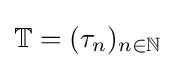
\mathbb {T} =(\tau _{n})_{n\in \mathbb {N} }